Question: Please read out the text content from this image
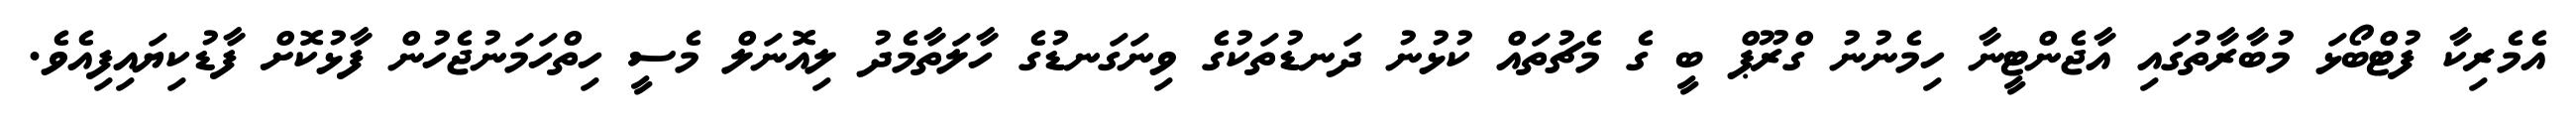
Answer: އެމެރިކާ ފުޓްބޯޅަ މުބާރާތުގައި އާޖެންޓީނާ ހިމެނުނު ގްރޫޕް ބީ ގެ މެޗުތައް ކުޅުނު ދަނޑުތަކުގެ ވިނަގަނޑުގެ ހާލަތާމެދު ލިއޮނަލް މެސީ ހިތްހަމަނުޖެހުން ފާޅުކޮށް ފާޑުކިޔައިފިއެވެ.